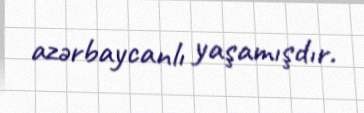
azərbaycanlı yaşamışdır.